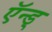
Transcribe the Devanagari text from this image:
ऍन्ड्